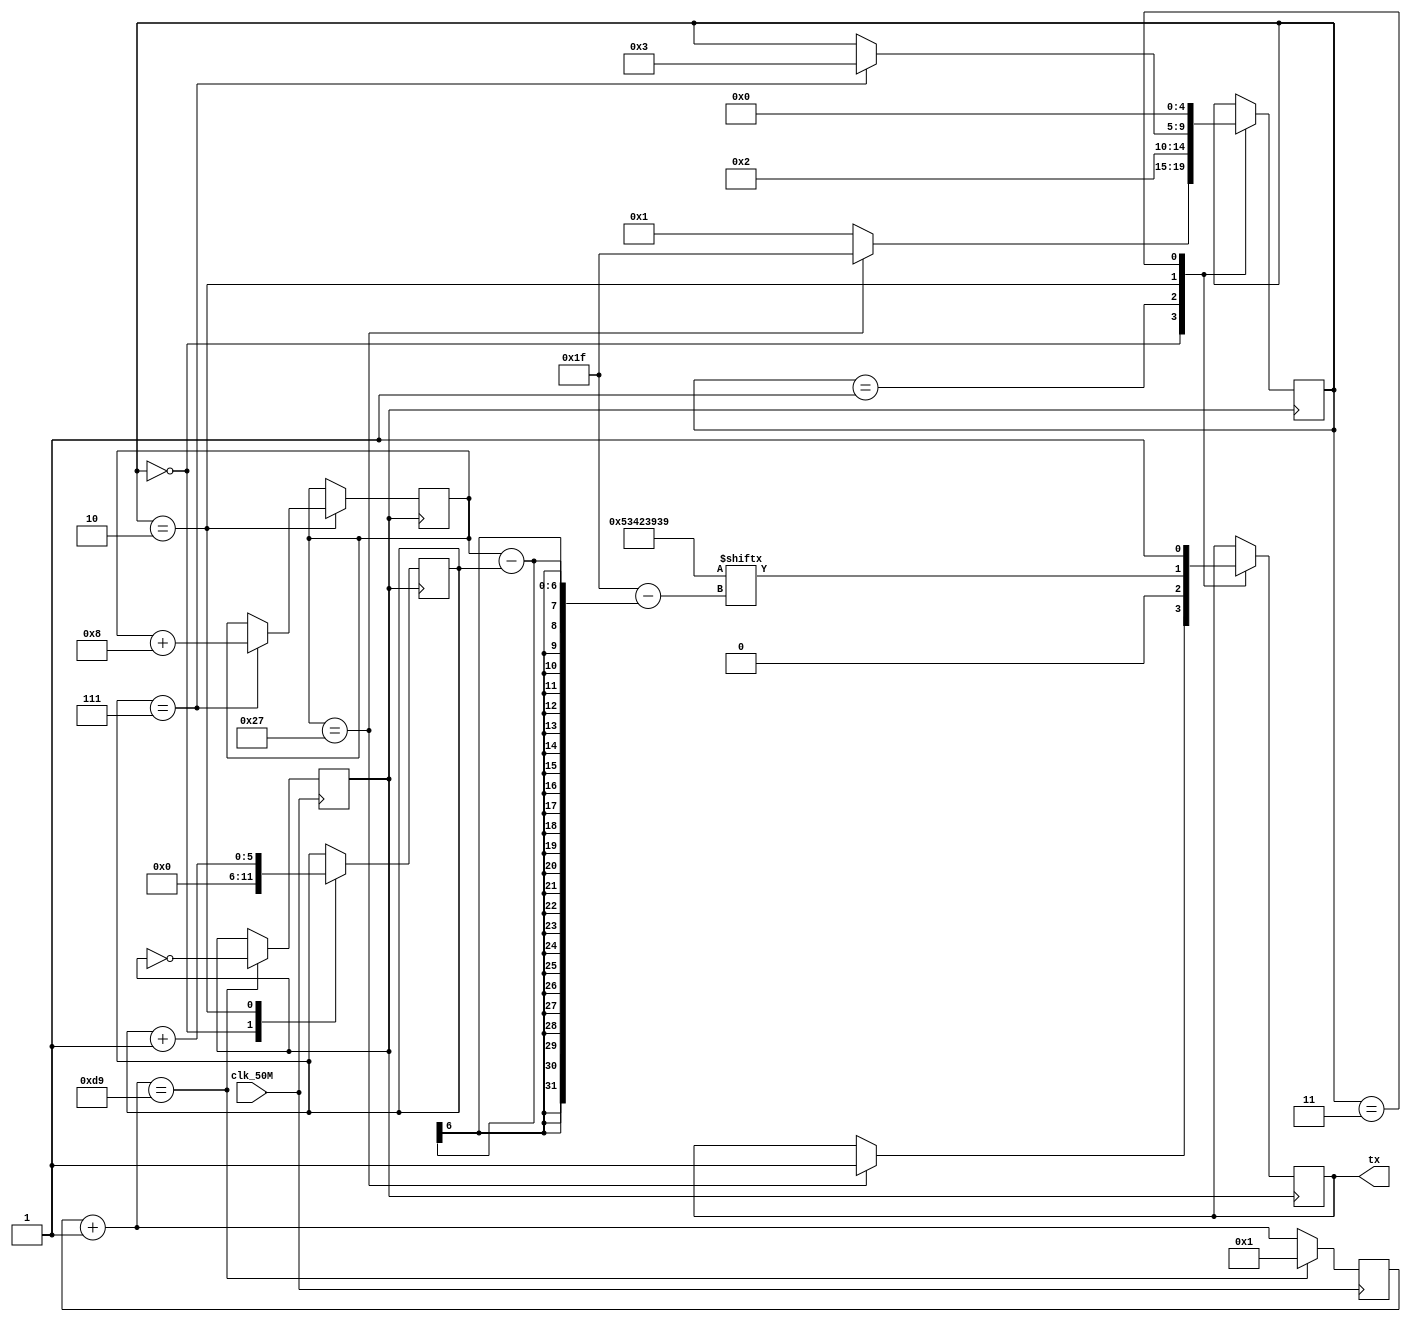
// SB : Task 2 B : UART
/*
Instructions
-------------------
Students are not allowed to make any changes in the Module declaration.
This file is used to design UART Transmitter.

Recommended Quartus Version : 19.1
The submitted project file must be 19.1 compatible as the evaluation will be done on Quartus Prime Lite 19.1.

Warning: The error due to compatibility will not be entertained.
-------------------
*/

//UART Transmitter design
//Input   : clk_50M : 50 MHz clock
//Output  : tx : UART transmit output

//////////////////DO NOT MAKE ANY CHANGES IN MODULE//////////////////
module uart(
	input clk_50M,	//50 MHz clock
	output tx		//UART transmit output
);
////////////////////////WRITE YOUR CODE FROM HERE////////////////////

parameter IDLE = 0, START = 1, DATA = 2, STOP = 3;
parameter data_len = 8*4;


reg [(data_len - 1):0] data = "SB99";
reg [5:0] index = 6'b0;
reg [5:0] index_hold = 6'd7;
reg data_out = 1;
reg [8:0]counter = 0;
reg clk=1;
integer n=data_len-1;
reg [5:0] index_jump = 6'd8;

assign tx = data_out;

reg [4:0] next_state = IDLE;

always @ (posedge clk_50M) begin
   counter = counter+1;
   if(counter == 217) begin
	   counter =1;
		clk= ~clk;
	end
end


always @ (posedge clk) begin
	case(next_state)
		IDLE: begin
			next_state <= START;
			index <= 5'd0;
			if(index_hold == data_len + 7) begin
				data_out <= 1;
				next_state <= 5'b11111;
			end
		end
		START: begin
			next_state <= DATA;
			data_out <= 0;
		end
		DATA: begin
				data_out <= data[n-(index_hold - index)];
				index <= index + 6'd1;
				if(index == 6'd7) begin
					next_state <= STOP;
					index_hold <= index_hold + index_jump;
				end
		end
		STOP: begin
			data_out <= 1;
			next_state <= IDLE;
		end
	endcase
end


////////////////////////YOUR CODE ENDS HERE//////////////////////////
endmodule
///////////////////////////////MODULE ENDS///////////////////////////